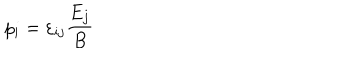
LaTeX: p _ { i } = \varepsilon _ { i j } \frac { E _ { j } } { B }